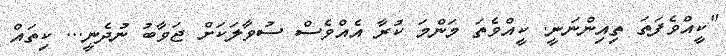
"ކީއްވެފަތަ ތިއިންނަނީ. ކީއްވެތަ މަންމަ ކުރާ އެއްވެސް ސުވާލަކަށް ޖަވާބު ނުދެނީ... ކިތައް